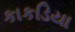
કાકડિયા